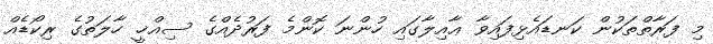
މި ފަރާތްތަކުން ކަނޑައެޅިފައިވާ ޢާއިލާގައި ހުންނަ ކޮންމެ ފަރުދެއްގެ ސިއްޚީ ހާލަތުގެ ރިކޯޑެއް